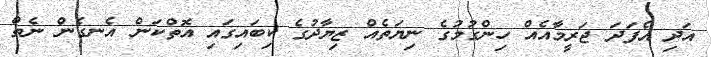
އަދި އެފަދަ ޖަރީމާއެއް ހިންގުމުގެ ނިޔަތެއް ޒިޔާދުގެ ކިބައިގައި އޮތްކަން އެނގެން ނެތް